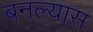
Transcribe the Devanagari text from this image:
बनल्यास